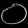
Digit: ၀